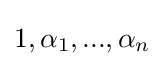
1,\alpha _{1},...,\alpha _{n}